Annual administration and progress report of the Indian Medical Department, Bombay
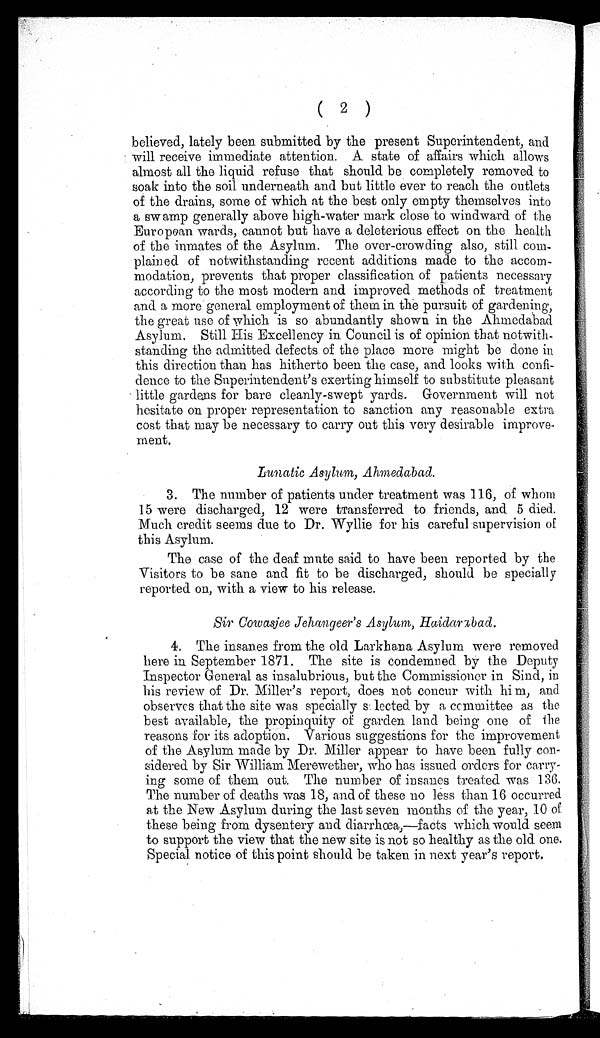
( 2 )
believed, lately been submitted by the present Superintendent, and
will receive immediate attention. A state of affairs which allows
almost all the liquid refuse that should be completely removed to
soak into the soil underneath and but little ever to reach the outlets
of the drains, some of which at the best only empty themselves into
a swamp generally above high-water mark close to windward of the
European wards, cannot but have a deleterious effect on the health
of the inmates of the Asylum. The over-crowding also, still com-
plained of notwithstanding recent additions made to the accom-
modation, prevents that proper classification of patients necessary
according to the most modern and improved methods of treatment
and a more general employment of them in the pursuit of gardening,
the great use of which is so abundantly shown in the Ahmedabad
Asylum. Still His Excellency in. Council is of opinion that notwith-
standing the admitted defects of the place more might be done in
this direction than has hitherto been the case, and looks with confi-
dence to the Superintendent's exerting himself to substitute pleasant
little gardens for bare cleanly-swept yards. Government will not
hesitate on proper representation to sanction any reasonable extra
cost that may be necessary to carry out this very desirable improve–-
ment.
Lunatic Asylum, Ahmedabad.
• 3. The number of patients under treatment was 116, of whom
15 were discharged, 12 were Transferred to friends, and 5 died.
Much credit seems due to Dr. Wyllie for his careful supervision of
this Asylum.
The case of the deaf mute said to have been reported by the
Visitors to be sane and fit to be discharged, should be specially
reported on, with a view to his release.
Sir Cowasjee Jehangeer's Asylum, Haidarxbad.
4. The insanes from the old Larkhana Asylum were removed
here in September 1871. The site is condemned by the Deputy
Inspector General as insalubrious, but the Commissioner in Sind, in
his review of Dr. Miller's report, does not concur with him, and
o b s e r v e s t h a t t h e s i t e w a s s p e c i a l l y s e l e c t e d b y a c o m m i t t e e a s t h e
best available, the propinquity of garden land being one of the
reasons for its adoption. Various suggestions for the improvement
of the Asylum made by Dr. Miller appear to have been fully con-
sidered by Sir William Merewether, who has issued orders for carry-
ing some of them out. The number of insanes treated was 136.
The number of deaths was 18, and of these no less than 16 occurred
at the New Asylum during the last seven months of the year, 10 of
these being from dysentery and diarrhœa,—facts which would seem
to support the view that the new site is not so healthy as the old. one.
Special notice of this point should be taken in next year's report.